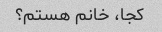
کجا، خانم هستم؟